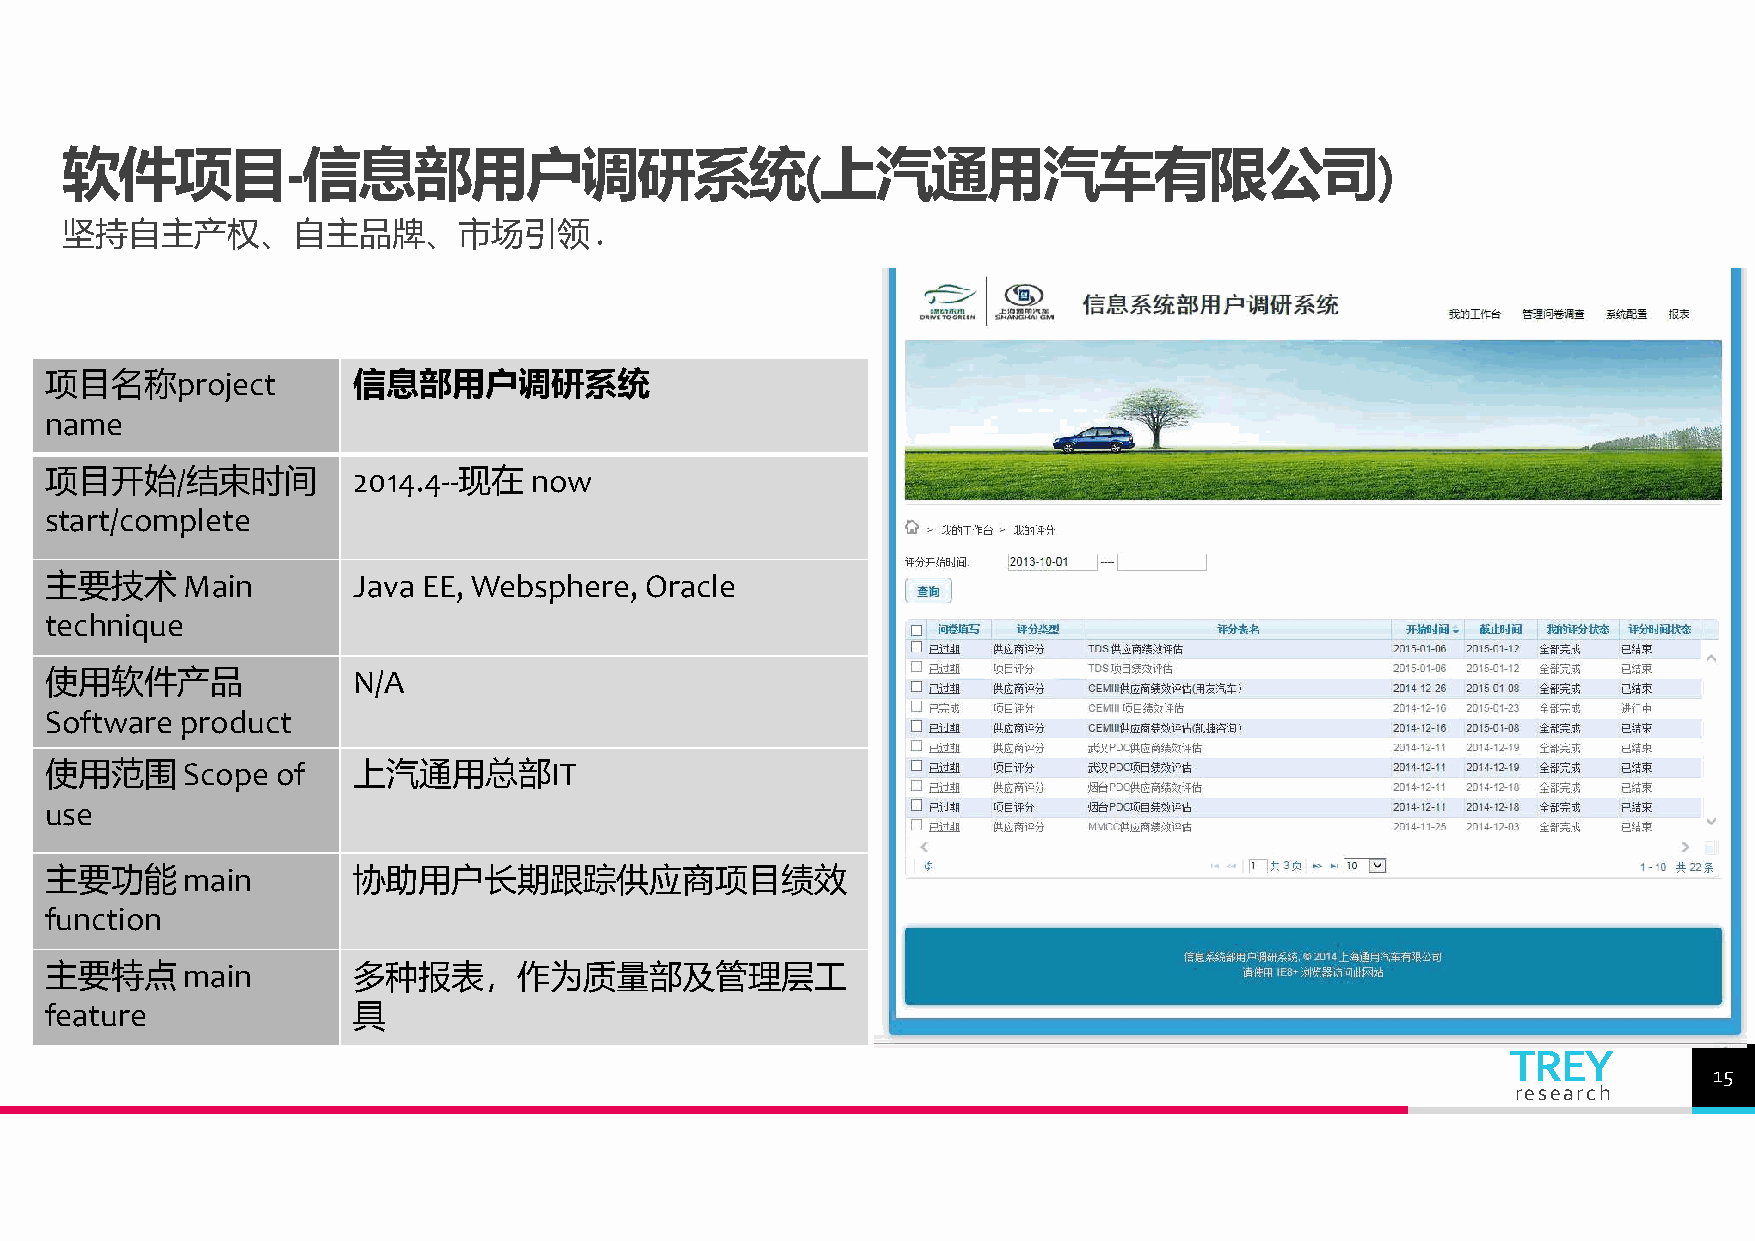
软件项目-信息部用户调研系统(上汽通用汽车有限公司)
 坚持自主产权、自主品牌、市场引领.
 项目名称project         信息部用户调研系统
 name
 项目开始/结束时间           2014.4--现在  now
 start/complete
 主要技术     Main       Java EE, Websphere, Oracle
 technique
 使用软件产品              N/A
 Software product
 使用范围     Scope of   上汽通用总部IT
 use
 主要功能     main       协助用户长期跟踪供应商项目绩效
 function
 主要特点     main       多种报表，作为质量部及管理层工
 feature             具
 TREY
 15
 research